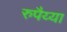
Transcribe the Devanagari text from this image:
रुपैय्या